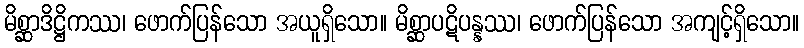
မိစ္ဆာဒိဋ္ဌိကဿ၊ ဖောက်ပြန်သော အယူရှိသော။ မိစ္ဆာပဋိပန္နဿ၊ ဖောက်ပြန်သော အကျင့်ရှိသော။